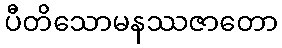
ပီတိသောမနဿဇာတော